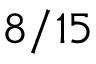
8 / 1 5